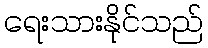
ရေးသားနိုင်သည်